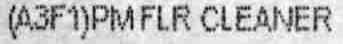
(A3F1)PMFLR CLEANER